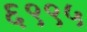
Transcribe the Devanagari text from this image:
६९९५